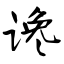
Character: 谗